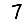
Digit: 7